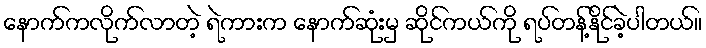
နောက်ကလိုက်လာတဲ့ ရဲကားက နောက်ဆုံးမှ ဆိုင်ကယ်ကို ရပ်တန့်နိုင်ခဲ့ပါတယ်။